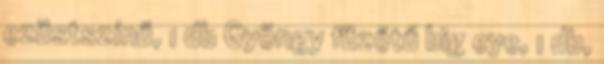
ezüstszínű, 1 db Gyöngy füzőtű big eye, 1 db,